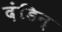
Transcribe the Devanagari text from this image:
दंडिन्